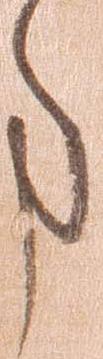
事